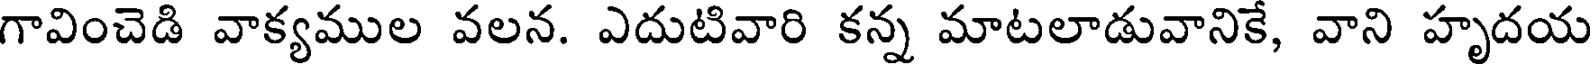
గావించెడి వాక్యముల వలన. ఎదుటివారి కన్న మాటలాడువానికే, వాని హృదయ